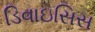
ડિવાઇસિસ